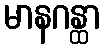
မာနဂန္ထာ